Insane asylums in Bengal annual reports 1867-1875 - 1867-1875
Year: 1867
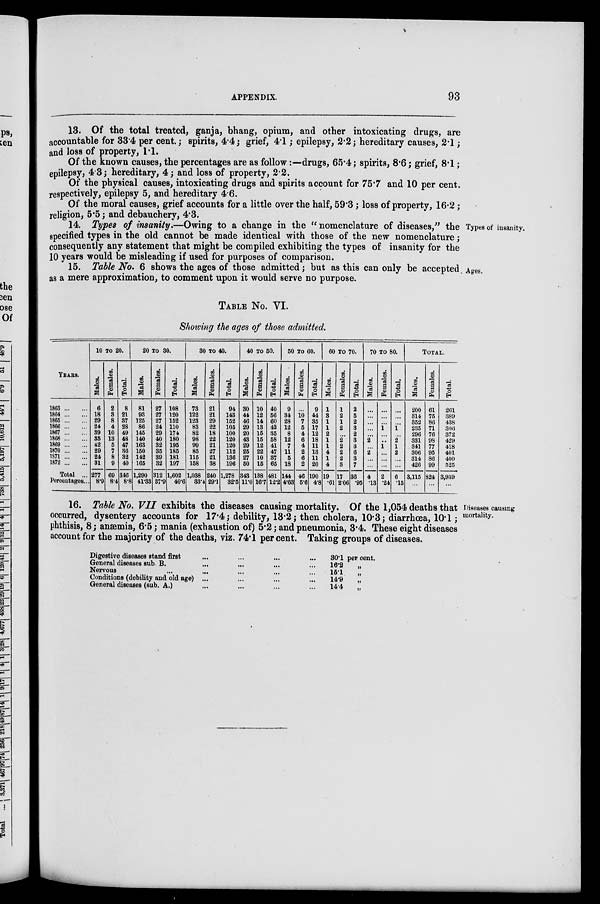
APPENDIX.
93
13. Of the total treated, ganja, bhang, opium, and other intoxicating drugs, are
accountable for 33.4 per cent.; spirits, 4.4; grief, 4.1; epilepsy, 2.2; hereditary causes, 2.1;
and loss of property, 1.1.
Of the known causes, the percentages are as follow:—drugs, 65.4; spirits, 8.6; grief, 8.1;
epilepsy, 4.3; hereditary, 4; and loss of property, 2.2.
Of the physical causes, intoxicating drugs and spirits account for 75.7 and 10 per cent.
respectively, epilepsy 5, and hereditary 4.6.
Of the moral causes, grief accounts for a little over the half, 59.3; loss of property, 16.2 ;
religion, 5.5 ; and debauchery, 4.3.
Types of insanity.
14. Types of insanity.—Owing to a change in the " nomenclature of diseases," the
specified types in the old cannot be made identical with those of the new nomenclature;
consequently any statement that might be compiled exhibiting the types of insanity for the
10 years would be misleading if used for purposes of comparison.
Ages.
15. Table No. 6 shows the ages of those admitted; but as this can only be accepted
as a mere approximation, to comment upon it would serve no purpose.
TABLE No. VI.
Showing the ages of those admitted.
YEARS.
1863 ... ...
1864 ... ...
1865 ... ...
1866 ... ...
1867 ... ...
1868 ... ...
1869 ... ...
1870 ... ...
1871 ... ...
1872 ... ...
Total ...
Percentages...
10 TO 20.
Males.
6
18
29
24
39
35
42
29
24
31
277
8.9
Females.
2
3
8
4
10
13
5
7
8
9
69
8.4
Total.
8
21
37
28
49
48
47
36
32
40
346
8.8
20 TO 30.
Males.
81
93
125
86
145
140
163
150
142
165
1,290
41.33
Females.
27
27
27
24
29
40
32
35
39
32
312
37.9
Total.
108
120
152
110
174
180
195
185
181
197
1,602
40.6
30 TO 40.
Males.
73
122
123
83
82
98
99
85
115
158
1,038
33.4
Females.
21
21
29
22
18
22
21
27
21
38
240
29.1
Total.
94
143
152
105
100
120
120
112
136
196
1,278
32.5
40 TO 50.
Males.
30
44
46
29
20
43
29
25
27
50
343
11.0
Females.
10
12
14
13
15
15
12
22
10
15
138
16.7
Total.
40
56
60
42
35
58
41
47
37
65
481
12.2
50 TO 60.
Males.
9
34
28
12
8
12
7
11
5
18
144
4.63
Females.
...
10
7
5
4
6
4
2
6
2
46
5.6
Total.
9
44
35
17
12
18
11
13
11
20
190
4.8
60 TO 70.
Males.
1
3
1
1
2
1
1
4
1
4
19
.61
Females.
1
2
1
2
...
2
2
2
2
3
17
2.06
Total.
2
5
2
3
2
3
3
6
3
7
36
.95
70 TO 80.
Males.
...
...
...
...
...
2
...
2
...
...
4
.13
Females.
...
...
...
1
...
...
1
...
...
...
2
.24
Total.
...
...
...
1
...
2
1
2
...
...
6
.15
TOTAL.
Males.
200
314
352
235
296
331
341
306
314
426
3,115
...
Females.
61
75
86
71
76
98
77
95
86
99
824
...
Total.
261
389
438
306
372
429
418
401
400
525
3,939
...
Diseases causing
mortality.
16. Table No. VII exhibits the diseases causing mortality. Of the 1,054 deaths that
occurred, dysentery accounts for 17.4; debility, 13.2; then cholera, 10.3; diarrhœa, 10.1;
phthisis, 8; anæmia, 6.5; mania (exhaustion of) 5.2; and pneumonia, 3.4. These eight diseases
account for the majority of the deaths, viz. 74.1 per cent. Taking groups of diseases.
Digestive diseases stand first ... ... ... ...
General diseases sub. B. ... ... ... ...
Nervous ... ... ... ... ...
Conditions (debility and old age) ... ... ... ...
General diseases (sub. A.) ... ... ... ...
30.1 per cent.
16.2
„
15.1 „
14.9
„
14.4
„